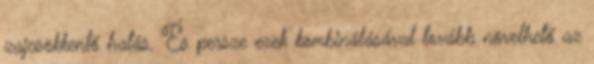
zajcsökkentő hatás. És persze ezek kombinálásával tovább növelhető az